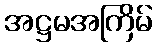
အဋ္ဌမအကြိမ်